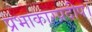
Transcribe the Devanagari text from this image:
प्रभाकारप्रदीप।